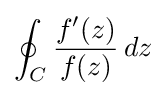
\oint _{C}{\frac {f'(z)}{f(z)}}\,dz